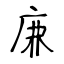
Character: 𢈘